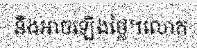
នឹងអាចឡើងថ្លៃ។លោក